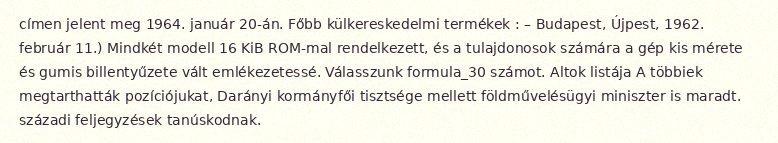
címen jelent meg 1964. január 20-án. Főbb külkereskedelmi termékek : – Budapest, Újpest, 1962. február 11.) Mindkét modell 16 KiB ROM-mal rendelkezett, és a tulajdonosok számára a gép kis mérete és gumis billentyűzete vált emlékezetessé. Válasszunk formula_30 számot. Altok listája A többiek megtarthatták pozíciójukat, Darányi kormányfői tisztsége mellett földművelésügyi miniszter is maradt. századi feljegyzések tanúskodnak.